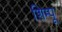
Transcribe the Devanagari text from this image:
शिम्पू